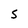
Character: S